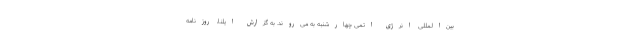
بین‌المللی انرژی اتمی چهارشنبه به می‌روند. به گزارش ایلنا، روزنامه